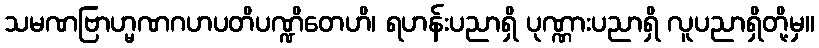
သမဏဗြာဟ္မဏဂဟပတိပဏ္ဍိတေဟိ၊ ရဟန်းပညာရှိ ပုဏ္ဏားပညာရှိ လူပညာရှိတို့မှ။